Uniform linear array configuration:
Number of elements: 16
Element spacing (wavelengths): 0.25
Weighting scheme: kaiser
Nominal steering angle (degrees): -15
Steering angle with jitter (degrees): -16.965
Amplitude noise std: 0.05
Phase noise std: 0.05

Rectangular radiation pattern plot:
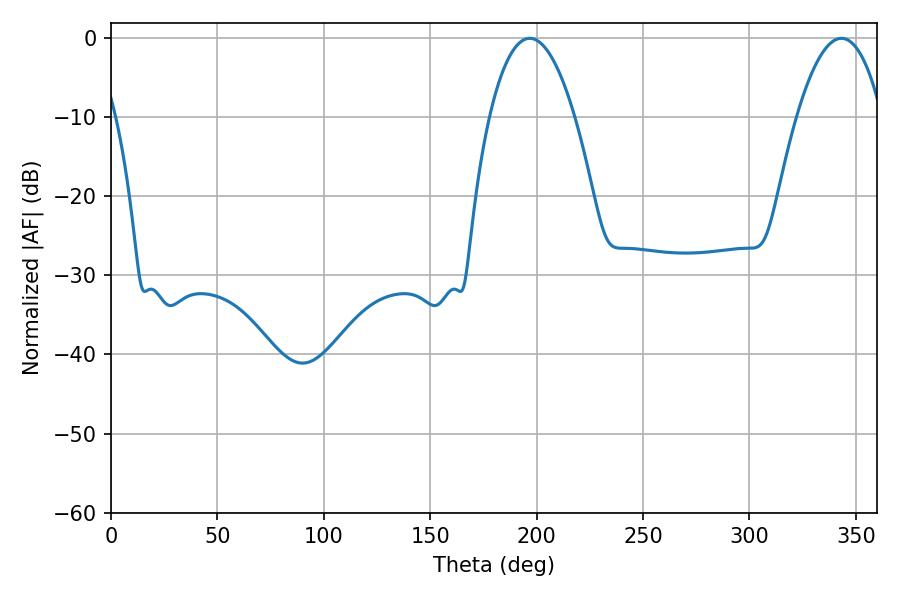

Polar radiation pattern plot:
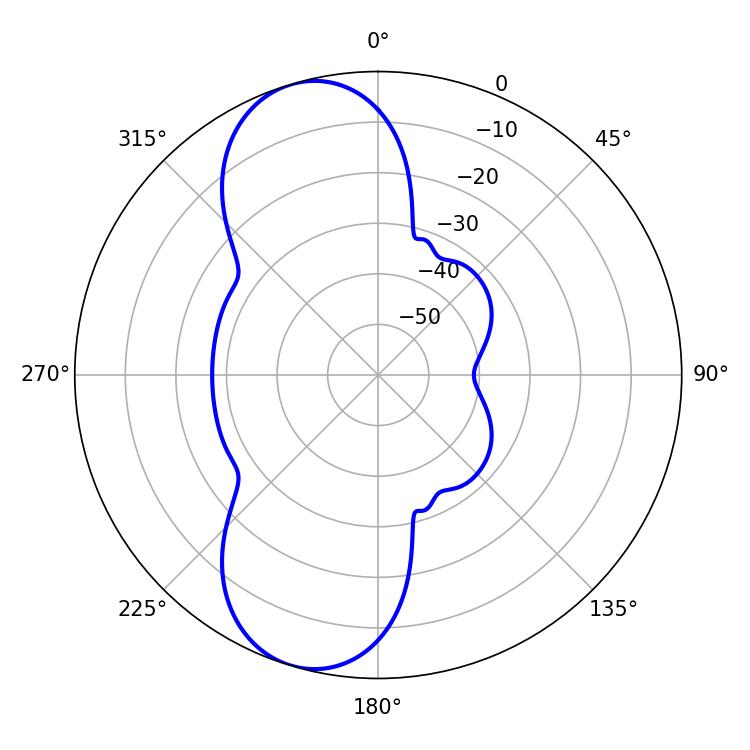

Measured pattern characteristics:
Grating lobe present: FALSE
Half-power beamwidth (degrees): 22.32
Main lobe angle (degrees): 196.74